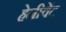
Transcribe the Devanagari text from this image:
हेनीवेंट